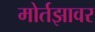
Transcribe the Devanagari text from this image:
मोर्तझावर